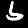
Digit: 6